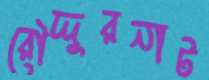
রৌদ্দুরনাট